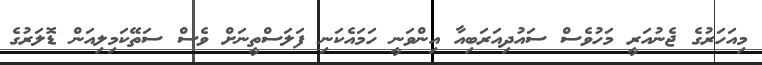
މިއަހަރުގެ ޖެނުއަރީ މަހުވެސް ސައުދިއަރަބިއާ އިންވަނީ ހަމައެކަނި ފަލަސްތީނަށް ވެސް ސަތޭކަމިލިއަން ޑޮލަރުގެ